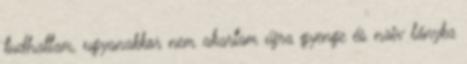
tudhattam, ugyanakkor nem akartam újra gyenge és naiv lányka